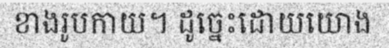
ខាងរូបកាយ។ ដូច្នេះដោយយោង